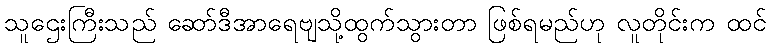
သူဌေးကြီးသည် ဆော်ဒီအာရေဗျသို့ထွက်သွားတာ ဖြစ်ရမည်ဟု လူတိုင်းက ထင်